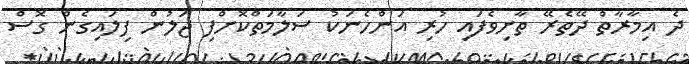
ދެ އިމާރާތް ދޭތެރޭ ތާށިވެފައި ހުރި އަންހެނަކު ސަލާމަތްކޮށްފި ޖަލުން ފިލައިގެން ގޮސް